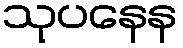
သုပနေန